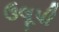
ઉલૂપી